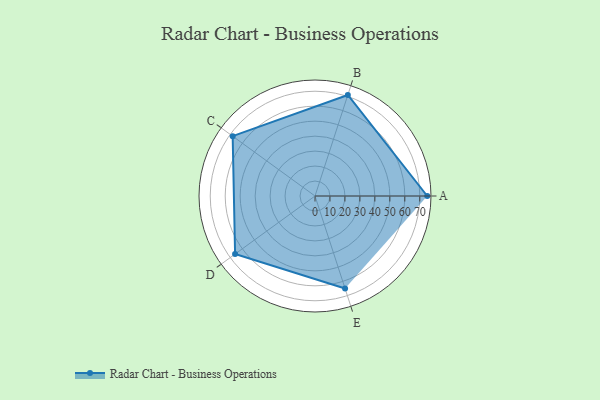
{"axis": {"x": "Skill", "y": "Score"}, "legend": ["Profile"], "data": [{"x": "A", "y": 75.0, "type": "Profile"}, {"x": "B", "y": 71.0, "type": "Profile"}, {"x": "C", "y": 68.0, "type": "Profile"}, {"x": "D", "y": 66.0, "type": "Profile"}, {"x": "E", "y": 65.0, "type": "Profile"}]}